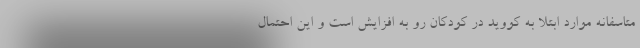
متاسفانه موارد ابتلا به کووید در کودکان رو به افزایش است و این احتمال